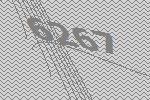
6267